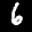
Label: 6